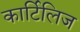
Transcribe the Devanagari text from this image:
कार्टिलिज